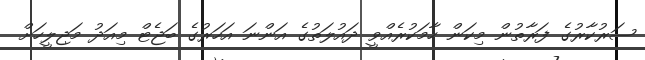
ސަރުކާރުގެ ފަރާތުން މިކަން ހާމަކުރެއްވީ ދައުލަތުގެ އަންނަ އަހަރުގެ ބަޖެޓް މިއަދު މަޖިލީހަށް